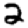
Digit: 2